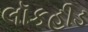
લૉકહીડ